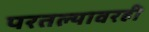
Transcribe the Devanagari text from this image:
परतल्यावरही